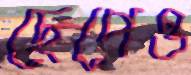
ছেপেও